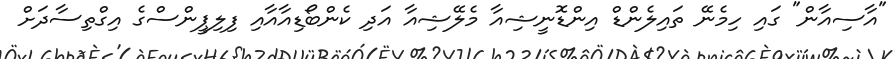
"އާސިއާން" ގައި ހިމެނޭ ތައިލެންޑް އިންޑޮނީޝިއާ މެލޭޝިއާ އަދި ކެންބޯޑިއާއާއި ފިލިޕީންސްގެ އިގްތިސާދަށް